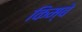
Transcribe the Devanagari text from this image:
किम्बे